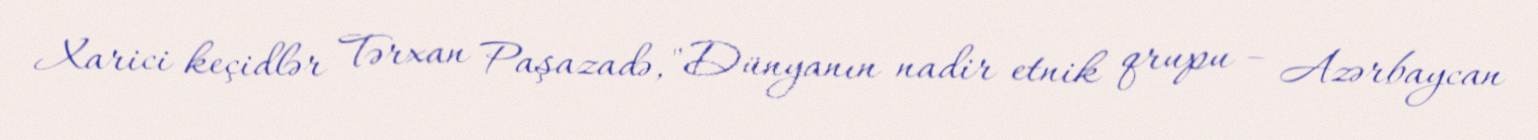
Xarici keçidlər Tərxan Paşazadə, "Dünyanın nadir etnik qrupu – Azərbaycan